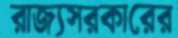
রাজ্যসরকারের